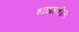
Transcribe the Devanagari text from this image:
शांघाइतील